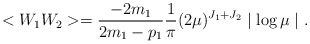
\begin{align*}<W_{1}W_{2}>=\frac{-2m_{1}}{2m_{1}-p_{1}}\frac{1}{\pi} (2\mu ) ^{J_{1}+J_{2}}\mid \log \mu \mid . \end{align*}